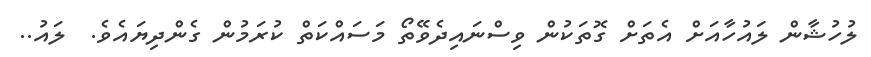
ލުހުޝާން ލައުހާއަށް އެތަށް ގޮތަކުން ވިސްނައިދެވޭތޯ މަސައްކަތް ކުރަމުން ގެންދިޔައެވެ.  ލައު..